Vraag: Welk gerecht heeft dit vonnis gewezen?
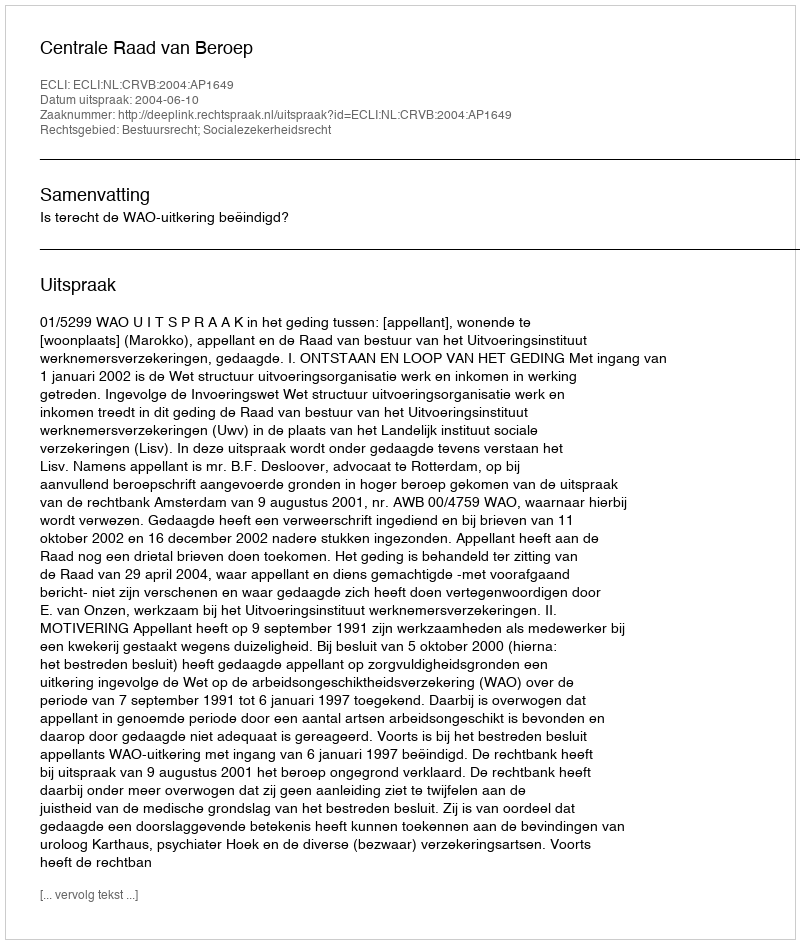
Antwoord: Centrale Raad van Beroep